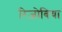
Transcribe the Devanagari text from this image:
रिज़ोबिया